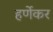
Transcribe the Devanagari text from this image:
हर्णेकर